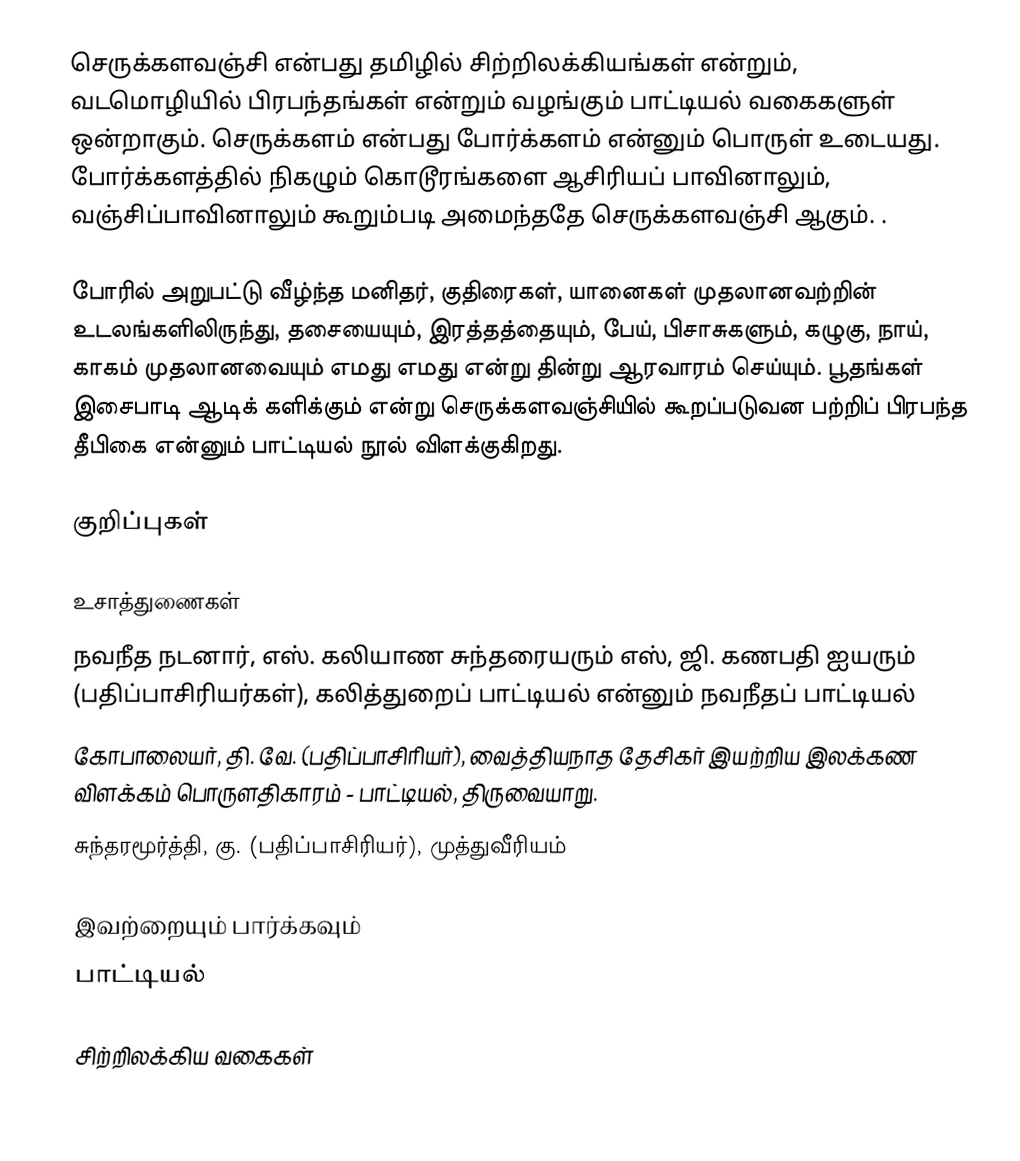
செருக்களவஞ்சி என்பது தமிழில் சிற்றிலக்கியங்கள் என்றும், வடமொழியில் பிரபந்தங்கள் என்றும் வழங்கும் பாட்டியல் வகைகளுள் ஒன்றாகும். செருக்களம் என்பது போர்க்களம் என்னும் பொருள் உடையது. போர்க்களத்தில் நிகழும் கொடூரங்களை ஆசிரியப் பாவினாலும், வஞ்சிப்பாவினாலும் கூறும்படி அமைந்ததே செருக்களவஞ்சி ஆகும். .

போரில் அறுபட்டு வீழ்ந்த மனிதர், குதிரைகள், யானைகள் முதலானவற்றின் உடலங்களிலிருந்து, தசையையும், இரத்தத்தையும், பேய், பிசாசுகளும், கழுகு, நாய், காகம் முதலானவையும் எமது எமது என்று தின்று ஆரவாரம் செய்யும். பூதங்கள் இசைபாடி ஆடிக் களிக்கும் என்று செருக்களவஞ்சியில் கூறப்படுவன பற்றிப் பிரபந்த தீபிகை என்னும் பாட்டியல் நூல் விளக்குகிறது.

குறிப்புகள்

உசாத்துணைகள்
 நவநீத நடனார், எஸ். கலியாண சுந்தரையரும் எஸ், ஜி. கணபதி ஐயரும் (பதிப்பாசிரியர்கள்), கலித்துறைப் பாட்டியல் என்னும் நவநீதப் பாட்டியல்
 கோபாலையர், தி. வே. (பதிப்பாசிரியர்), வைத்தியநாத தேசிகர் இயற்றிய இலக்கண விளக்கம் பொருளதிகாரம் - பாட்டியல், திருவையாறு.
 சுந்தரமூர்த்தி, கு. (பதிப்பாசிரியர்), முத்துவீரியம்

இவற்றையும் பார்க்கவும்
 பாட்டியல்

சிற்றிலக்கிய வகைகள்